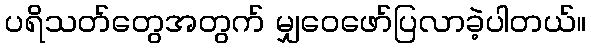
ပရိသတ်တွေအတွက် မျှဝေဖော်ပြလာခဲ့ပါတယ်။